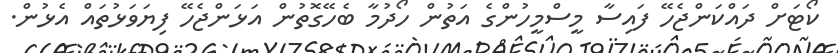
ކޯޓަށް ދައްކަންޖެހޭ ފައިސާ މީސްމީހުންގެ އަތުން ހޯދުމާ ބެހޭގޮތުން އަޅަންޖެހޭ ފިޔަވަޅުތައް އެޅުން.